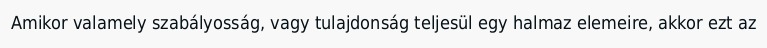
Amikor valamely szabályosság, vagy tulajdonság teljesül egy halmaz elemeire, akkor ezt az